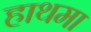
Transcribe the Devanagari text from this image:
हाथमा